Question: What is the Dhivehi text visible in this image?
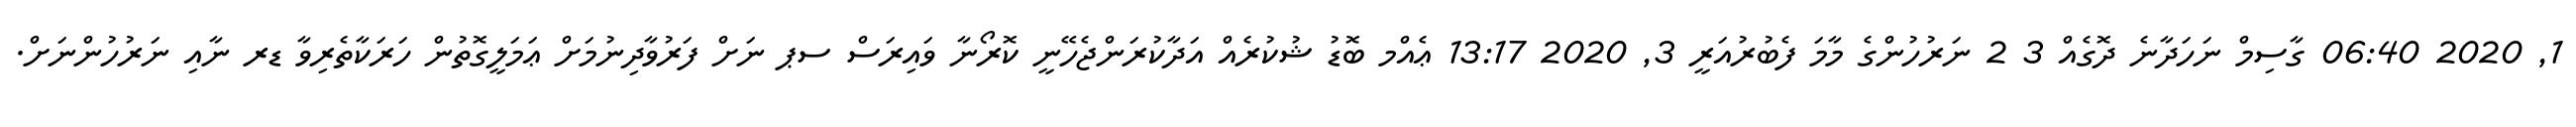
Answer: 1, 2020 06:40 ގާސިމް ނަހަދާނެ ދޮގެއް 3 2 ނަރުހުންގެ މާމަ ފެބުރުއަރީ 3, 2020 13:17 ޢެއްމ ބޮޑު ޝުކުރެއް އަދާކުރަންޖެހޭނީ ކޮރޯނާ ވައިރަސް ސޕ ނަށް ފަރުވާދިނުމަށް ޢަމަލީގޮތުން ހަރަކާތެރިވާ ޑރ ނާއި ނަރުހުންނަށް.